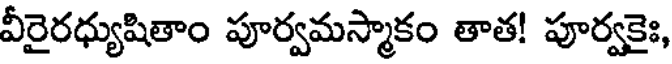
వీరైరధ్యుషితాం పూర్వమస్మాకం తాత! పూర్వకైః,